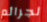
لجرائم